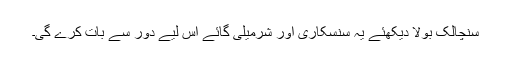
سنچالک بولا دیکھئے یہ سنسکاری اور شرمیلی گائے اس لیے دور سے بات کرے گی۔